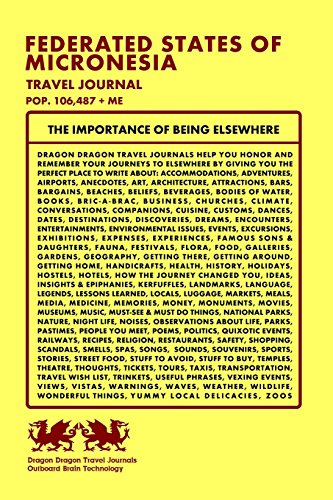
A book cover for Federated States of Micronesia Travel Journal, Pop. 106,487 + Me; Dragon Dragon Travel Journals; Travel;